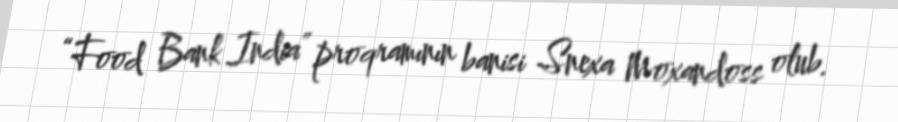
“Food Bank India” proqramının banisi Snexa Moxandoss olub.